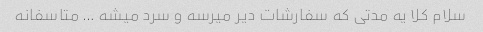
سلام کلا یه مدتی که سفارشات دیر میرسه و سرد میشه … متاسفانه